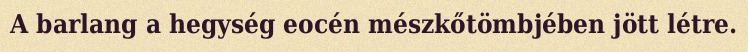
A barlang a hegység eocén mészkőtömbjében jött létre.